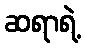
ဆရာရဲ့